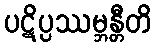
ပဋိပ္ပဿမ္ဘန္တီတိ